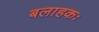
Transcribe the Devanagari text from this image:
बलाहकः